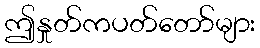
ဤနှုတ်ကပတ်တော်များ